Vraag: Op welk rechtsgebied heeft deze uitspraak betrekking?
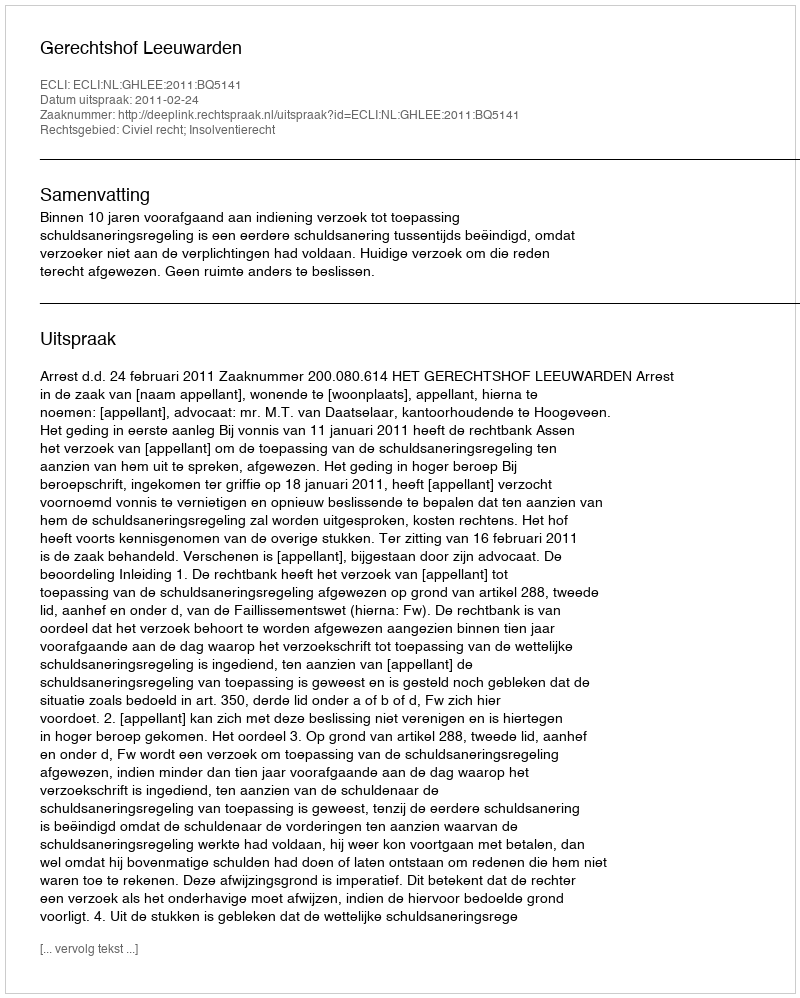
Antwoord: Civiel recht; Insolventierecht